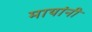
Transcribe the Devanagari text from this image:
मायांनी